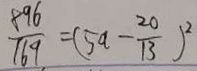
\frac { 8 9 6 } { 1 6 9 } = ( 5 a - \frac { 2 0 } { 1 3 } ) ^ { 2 }